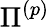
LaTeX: \Pi^{(p)}